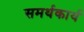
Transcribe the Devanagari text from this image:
समर्थकार्य